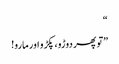
“
”تو پھر دوڑو، پکڑو اور مارو!